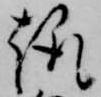
趣